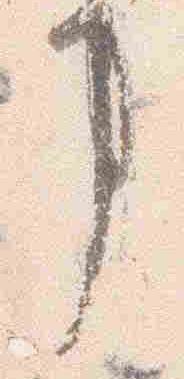
事